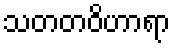
သတတဝိဟာရာ